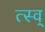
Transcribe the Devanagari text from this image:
त्स्व्